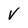
Character: v